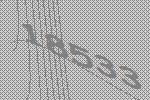
18533